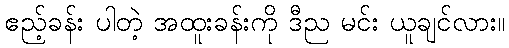
ဧည့်ခန်း ပါတဲ့ အထူးခန်းကို ဒီည မင်း ယူချင်လား။